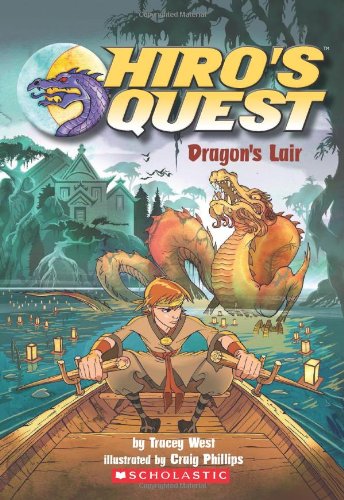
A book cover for Dragon's Lair (Hiro's Quest, No.4); Tracey West; Children's Books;